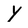
Character: Y